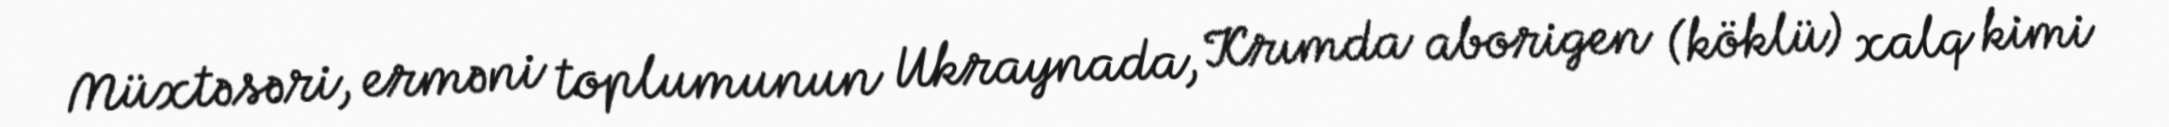
Müxtəsəri, erməni toplumunun Ukraynada, Krımda aborigen (köklü) xalq kimi